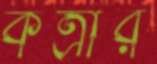
কর্ত্রীর